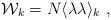
LaTeX: \begin{align*}{\cal W}_k= N \langle \lambda\lambda\rangle_k~,\end{align*}